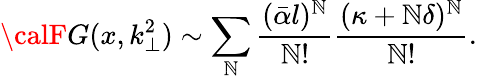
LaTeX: {\calF}G(x,k_{\perp}^{2})\sim\sum_{\mathbb{N}}\frac{{(\bar{{\alpha}}l)^{\mathbb{N}}}}{{\mathbb{N}!}}\frac{{(\kappa+\mathbb{N}\delta)^{\mathbb{N}}}}{{\mathbb{N}!}}.